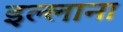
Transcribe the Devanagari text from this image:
इल्लाना